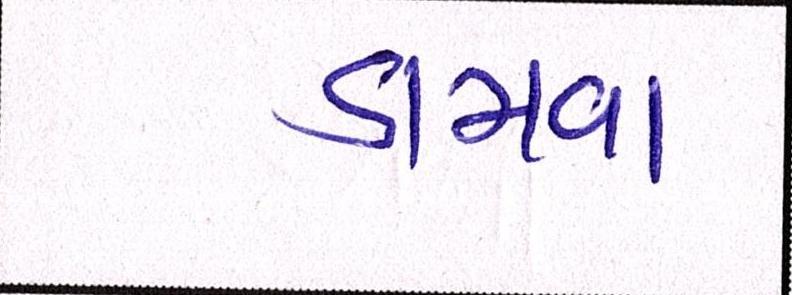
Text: ડામવા